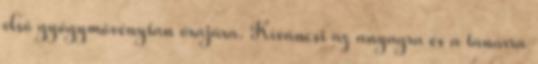
első gyógymövénytan órájára. Kíváncsi az anyagra és a tanárra